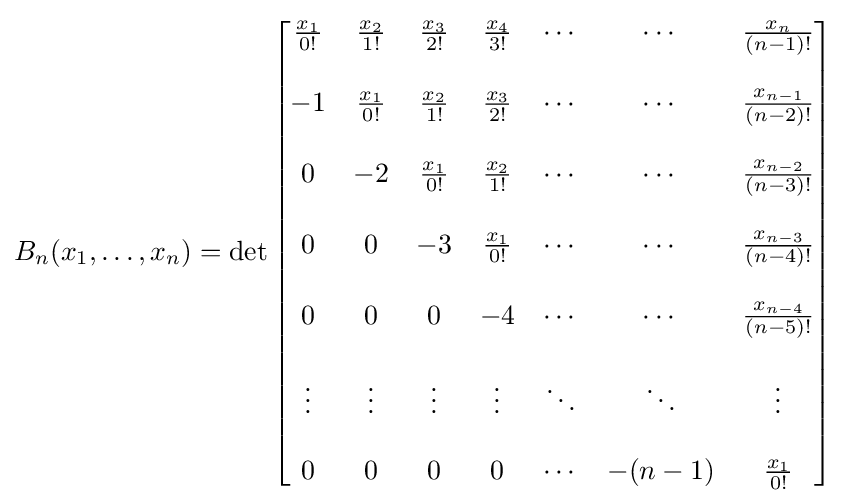
B_{n}(x_{1},\dots ,x_{n})=\det {\begin{bmatrix}{\frac {x_{1}}{0!}}&{\frac {x_{2}}{1!}}&{\frac {x_{3}}{2!}}&{\frac {x_{4}}{3!}}&\cdots &\cdots &{\frac {x_{n}}{(n-1)!}}\\\\-1&{\frac {x_{1}}{0!}}&{\frac {x_{2}}{1!}}&{\frac {x_{3}}{2!}}&\cdots &\cdots &{\frac {x_{n-1}}{(n-2)!}}\\\\0&-2&{\frac {x_{1}}{0!}}&{\frac {x_{2}}{1!}}&\cdots &\cdots &{\frac {x_{n-2}}{(n-3)!}}\\\\0&0&-3&{\frac {x_{1}}{0!}}&\cdots &\cdots &{\frac {x_{n-3}}{(n-4)!}}\\\\0&0&0&-4&\cdots &\cdots &{\frac {x_{n-4}}{(n-5)!}}\\\\\vdots &\vdots &\vdots &\vdots &\ddots &\ddots &\vdots \\\\0&0&0&0&\cdots &-(n-1)&{\frac {x_{1}}{0!}}\end{bmatrix}}